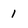
Character: 1